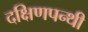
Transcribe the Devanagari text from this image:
दक्षिणपन्थी